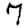
Digit: 7